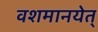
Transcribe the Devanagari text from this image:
वशमानयेत्